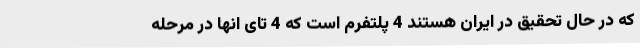
که در حال تحقیق در ایران هستند 4 پلتفرم است که 4 تای انها در مرحله